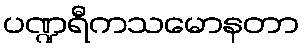
ပဏ္ဍရီကသမောနတာ